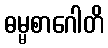
ဓမ္မစာဂေါတိ